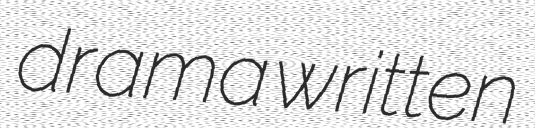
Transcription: drama written